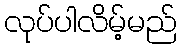
လုပ်ပါလိမ့်မည်